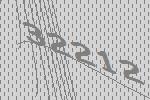
32212